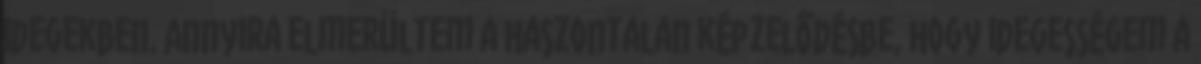
idegekben. Annyira elmerültem a haszontalan képzelődésbe, hogy idegességem a